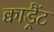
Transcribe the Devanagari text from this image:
क्वाड्रैंट